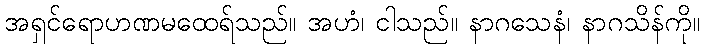
အရှင်ရောဟဏမထေရ်သည်။ အဟံ၊ ငါသည်။ နာဂသေနံ၊ နာဂသိန်ကို။